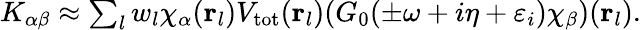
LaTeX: \begin{array}{r}{K_{\alpha\beta}\approx\sum_{l}w_{l}\chi_{\alpha}(\mathbf r_{l})V_{\mathrm{tot}}(\mathbf r_{l})(G_{0}(\pm\omega+i\eta+\varepsilon_{i})\chi_{\beta})(\mathbf r_{l}).}\end{array}